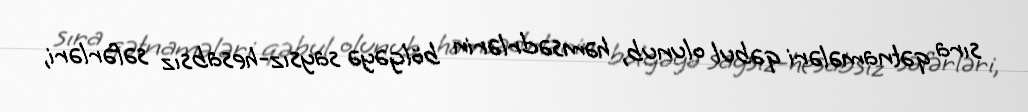
sıra qətnamələri qəbul olunub, həmsədrlərin bölgəyə saysız-hesabsız səfərləri,